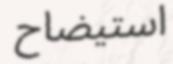
استيضاح